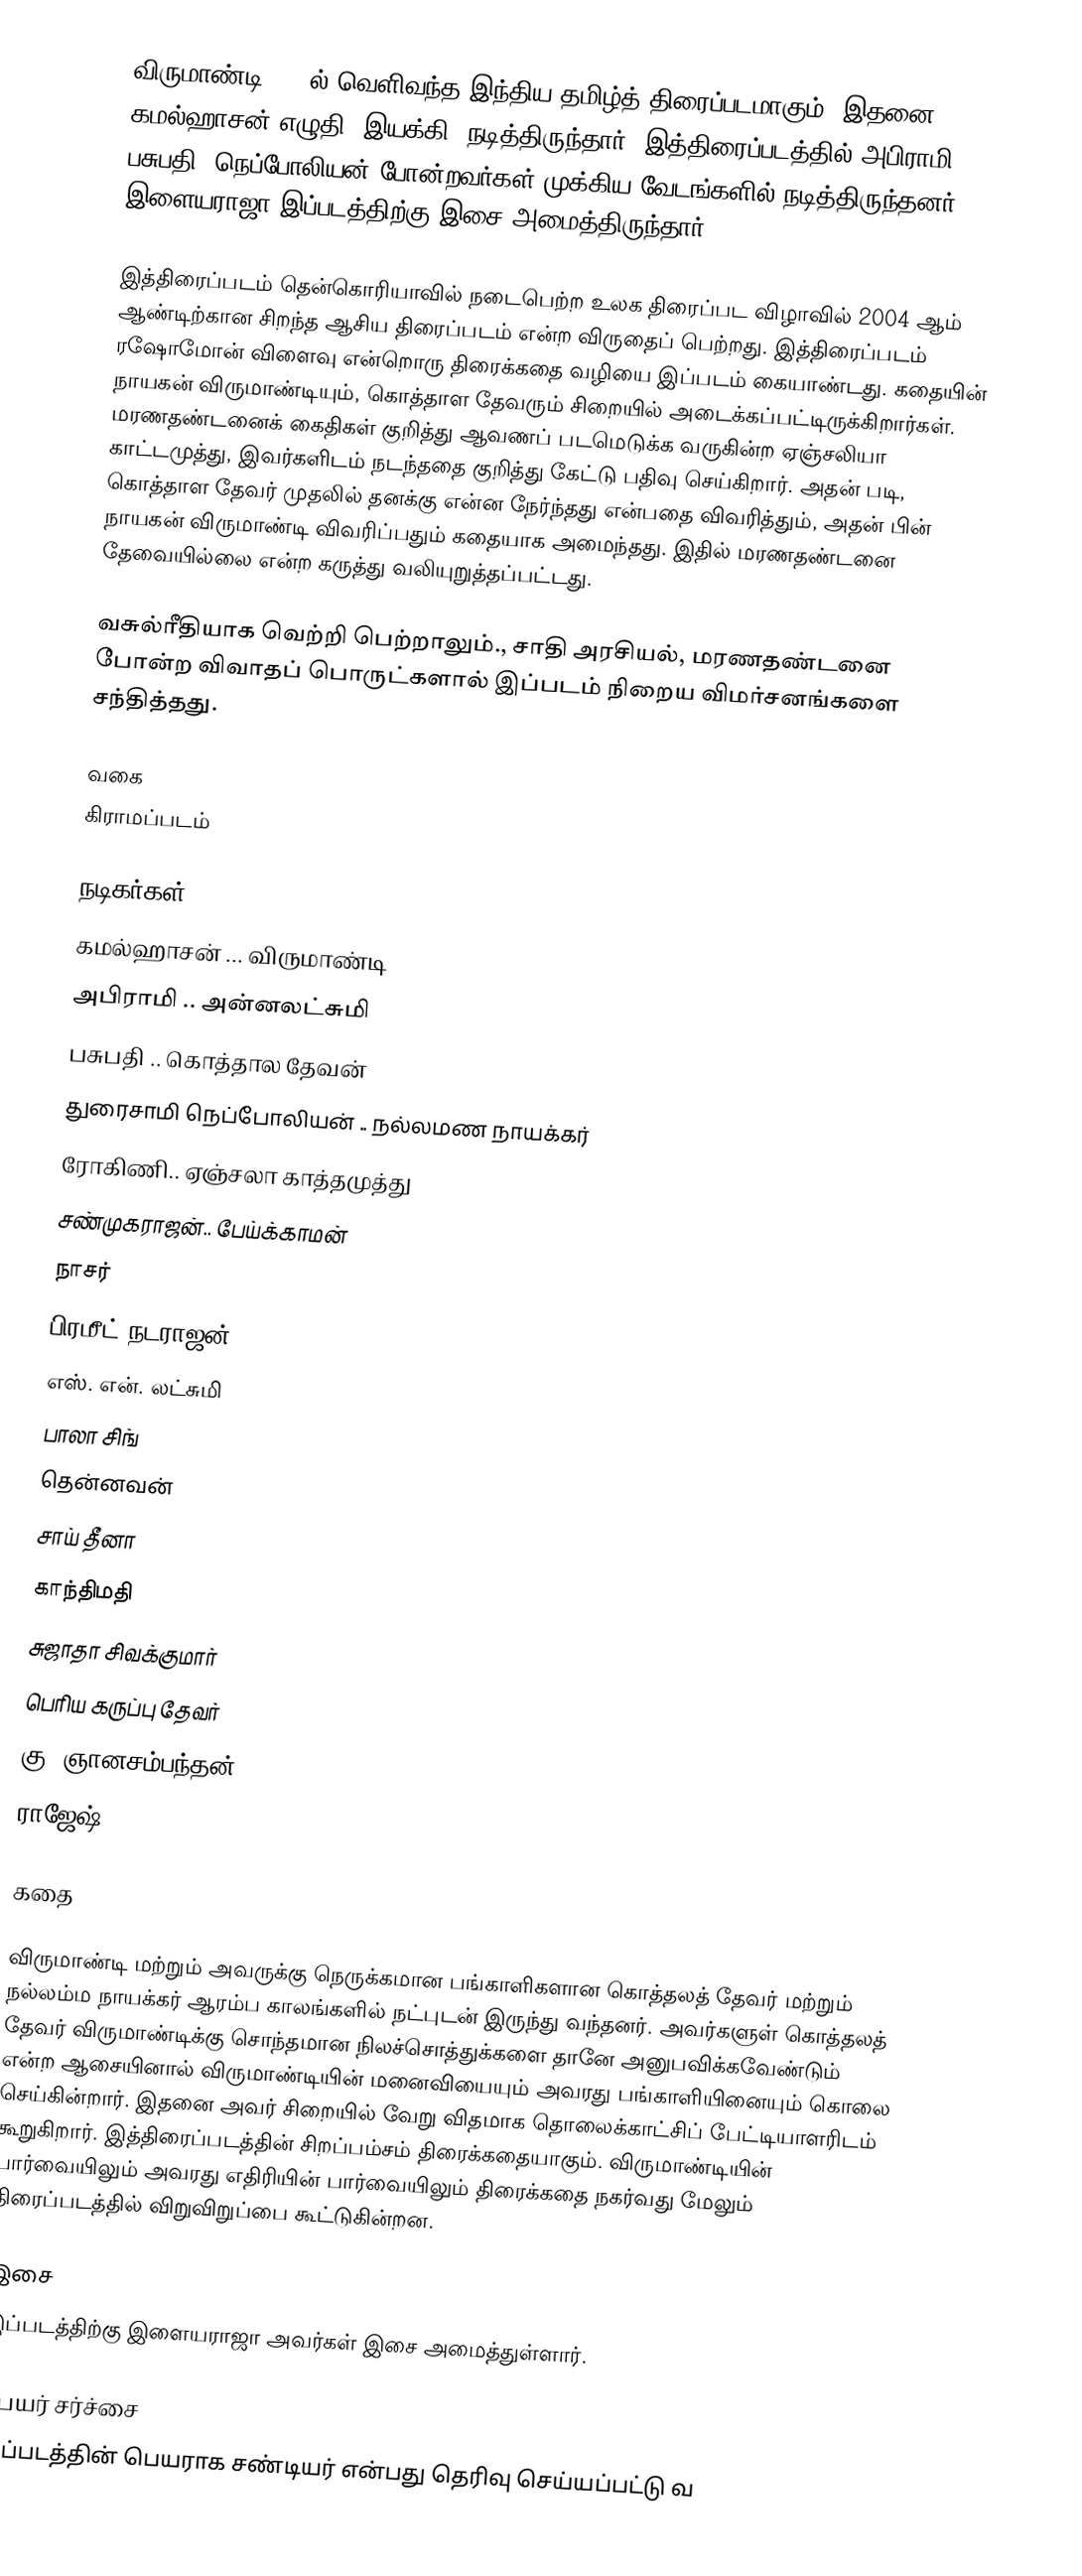
விருமாண்டி 2004ல் வெளிவந்த இந்திய தமிழ்த் திரைப்படமாகும். இதனை கமல்ஹாசன் எழுதி, இயக்கி, நடித்திருந்தார். இத்திரைப்படத்தில் அபிராமி, பசுபதி, நெப்போலியன் போன்றவர்கள் முக்கிய வேடங்களில் நடித்திருந்தனர். இளையராஜா இப்படத்திற்கு இசை அமைத்திருந்தார்.

இத்திரைப்படம் தென்கொரியாவில் நடைபெற்ற உலக திரைப்பட விழாவில் 2004 ஆம் ஆண்டிற்கான சிறந்த ஆசிய திரைப்படம் என்ற விருதைப் பெற்றது. இத்திரைப்படம் ரஷோமோன் விளைவு என்றொரு திரைக்கதை வழியை இப்படம் கையாண்டது. கதையின் நாயகன் விருமாண்டியும், கொத்தாள தேவரும் சிறையில் அடைக்கப்பட்டிருக்கிறார்கள். மரணதண்டனைக் கைதிகள் குறித்து ஆவணப் படமெடுக்க வருகின்ற ஏஞ்சலியா காட்டமுத்து, இவர்களிடம் நடந்ததை குறித்து கேட்டு பதிவு செய்கிறார். அதன் படி, கொத்தாள தேவர் முதலில் தனக்கு என்ன நேர்ந்தது என்பதை விவரித்தும், அதன் பின் நாயகன் விருமாண்டி விவரிப்பதும் கதையாக அமைந்தது. இதில் மரணதண்டனை தேவையில்லை என்ற கருத்து வலியுறுத்தப்பட்டது.

வசுல்ரீதியாக வெற்றி பெற்றாலும்., சாதி அரசியல், மரணதண்டனை போன்ற விவாதப் பொருட்களால் இப்படம் நிறைய விமர்சனங்களை சந்தித்தது.

வகை
கிராமப்படம்

நடிகர்கள்
கமல்ஹாசன் ... விருமாண்டி
அபிராமி .. அன்னலட்சுமி
பசுபதி .. கொத்தால தேவன்
துரைசாமி நெப்போலியன் .. நல்லமண நாயக்கர்
ரோகிணி.. ஏஞ்சலா காத்தமுத்து
சண்முகராஜன்.. பேய்க்காமன்
நாசர்
பிரமீட் நடராஜன்
எஸ். என். லட்சுமி
பாலா சிங்
தென்னவன்
சாய் தீனா
காந்திமதி
சுஜாதா சிவக்குமார்
பெரிய கருப்பு தேவர்
கு. ஞானசம்பந்தன்
ராஜேஷ்

கதை

விருமாண்டி மற்றும் அவருக்கு நெருக்கமான பங்காளிகளான கொத்தலத் தேவர் மற்றும் நல்லம்ம நாயக்கர் ஆரம்ப காலங்களில் நட்புடன் இருந்து வந்தனர். அவர்களுள் கொத்தலத் தேவர் விருமாண்டிக்கு சொந்தமான நிலச்சொத்துக்களை தானே அனுபவிக்கவேண்டும் என்ற ஆசையினால் விருமாண்டியின் மனைவியையும் அவரது பங்காளியினையும் கொலை செய்கின்றார். இதனை அவர் சிறையில் வேறு விதமாக தொலைக்காட்சிப் பேட்டியாளரிடம் கூறுகிறார். இத்திரைப்படத்தின் சிறப்பம்சம் திரைக்கதையாகும். விருமாண்டியின் பார்வையிலும் அவரது எதிரியின் பார்வையிலும் திரைக்கதை நகர்வது மேலும் திரைப்படத்தில் விறுவிறுப்பை கூட்டுகின்றன.

இசை
இப்படத்திற்கு இளையராஜா அவர்கள் இசை அமைத்துள்ளார்.

பெயர் சர்ச்சை
இப்படத்தின் பெயராக சண்டியர் என்பது தெரிவு செய்யப்பட்டு வ